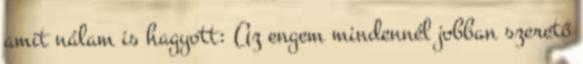
amit nálam is hagyott: Az engem mindennél jobban szerető